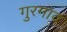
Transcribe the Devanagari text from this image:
गुरगावं